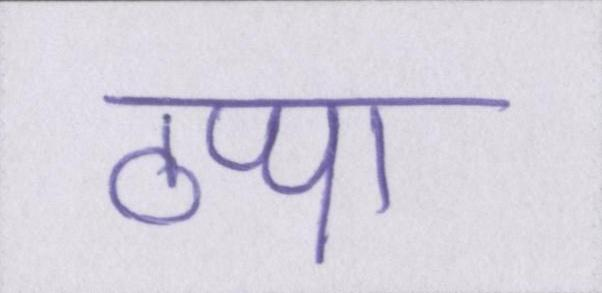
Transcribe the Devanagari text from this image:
ठप्पा